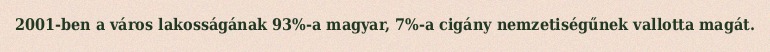
2001-ben a város lakosságának 93%-a magyar, 7%-a cigány nemzetiségűnek vallotta magát.